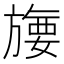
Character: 㫏